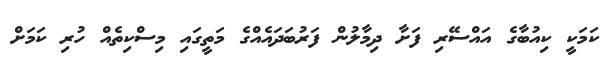
ކަމަކީ ކިއުބާގެ އައްސޭރި ފަށާ ދިމާލުން ފަރުބަދައެއްގެ މަތީގައި މިސްކިތެއް ހުރި ކަމަށް